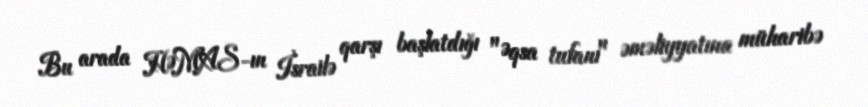
Bu arada HƏMAS-ın İsrailə qarşı başlatdığı "Əqsa tufanı" əməliyyatına müharibə